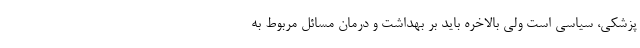
پزشکی، سیاسی است ولی بالاخره باید بر بهداشت و درمان مسائل مربوط به